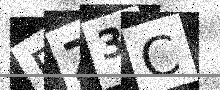
Text: EZ3C